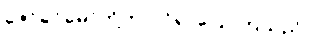
ဇော်ခင်မော်တို့က ဝင်၍ ပြောကြသည်။